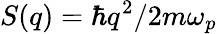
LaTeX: S(q)=\hbar q^{2}/2m\omega_{p}